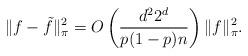
LaTeX: \begin{align*} \|f - \tilde{f}\|_\pi^2 = O\left(\frac{d^22^d}{p(1-p)n}\right)\|f\|_\pi^2.\end{align*}